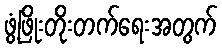
ဖွံ့ဖြိုးတိုးတက်ရေးအတွက်